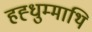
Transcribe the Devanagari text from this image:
हह्धुम्माथि